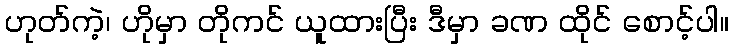
ဟုတ်ကဲ့၊ ဟိုမှာ တိုကင် ယူထားပြီး ဒီမှာ ခဏ ထိုင် စောင့်ပါ။